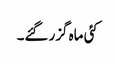
کئی ماہ گزر گئے۔